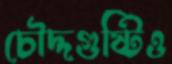
চৌদ্দগুষ্টিও